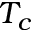
T _ { c }